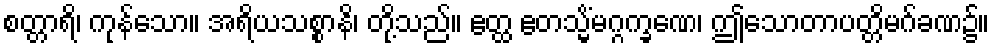
စတ္တာရိ၊ ကုန်သော။ အရိယသစ္စာနိ၊ တို့သည်။ ဧတ္ထ ဧတသ္မိံမဂ္ဂက္ခဏေ၊ ဤသောတာပတ္တိမဂ်ခဏ၌။